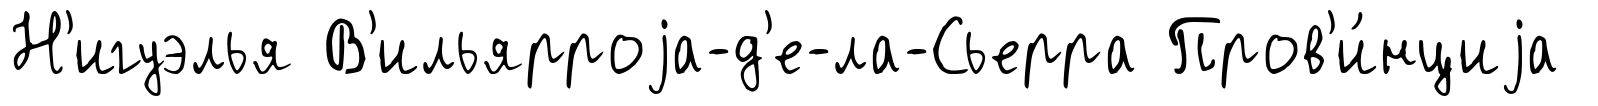
Н'игуэлья В'ильярроjа-д'е-ла-Сьерра Пров'и́нциjа